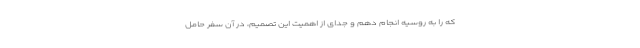
که را به روسیه انجام دهم و جدای از اهمیت این تصمیم، در آن سفر حامل